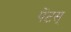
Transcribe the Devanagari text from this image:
पेंटस्